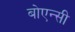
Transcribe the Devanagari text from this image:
बोएन्सी